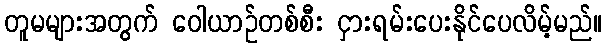
တူမများအတွက် ဝေါယာဉ်တစ်စီး ငှားရမ်းပေးနိုင်ပေလိမ့်မည်။